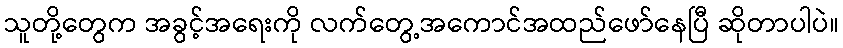
သူတို့တွေက အခွင့်အရေးကို လက်တွေ့အကောင်အထည်ဖော်နေပြီ ဆိုတာပါပဲ။